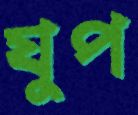
যুপ